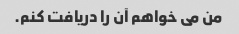
من می خواهم آن را دریافت کنم.